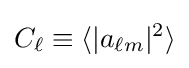
C_{\ell }\equiv \langle |a_{\ell m}|^{2}\rangle